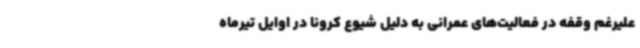
علیرغم وقفه در فعالیت‌های عمرانی به دلیل شیوع کرونا در اوایل تیرماه